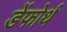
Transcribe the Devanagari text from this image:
डेंफोर्थ